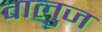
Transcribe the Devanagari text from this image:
वालुज